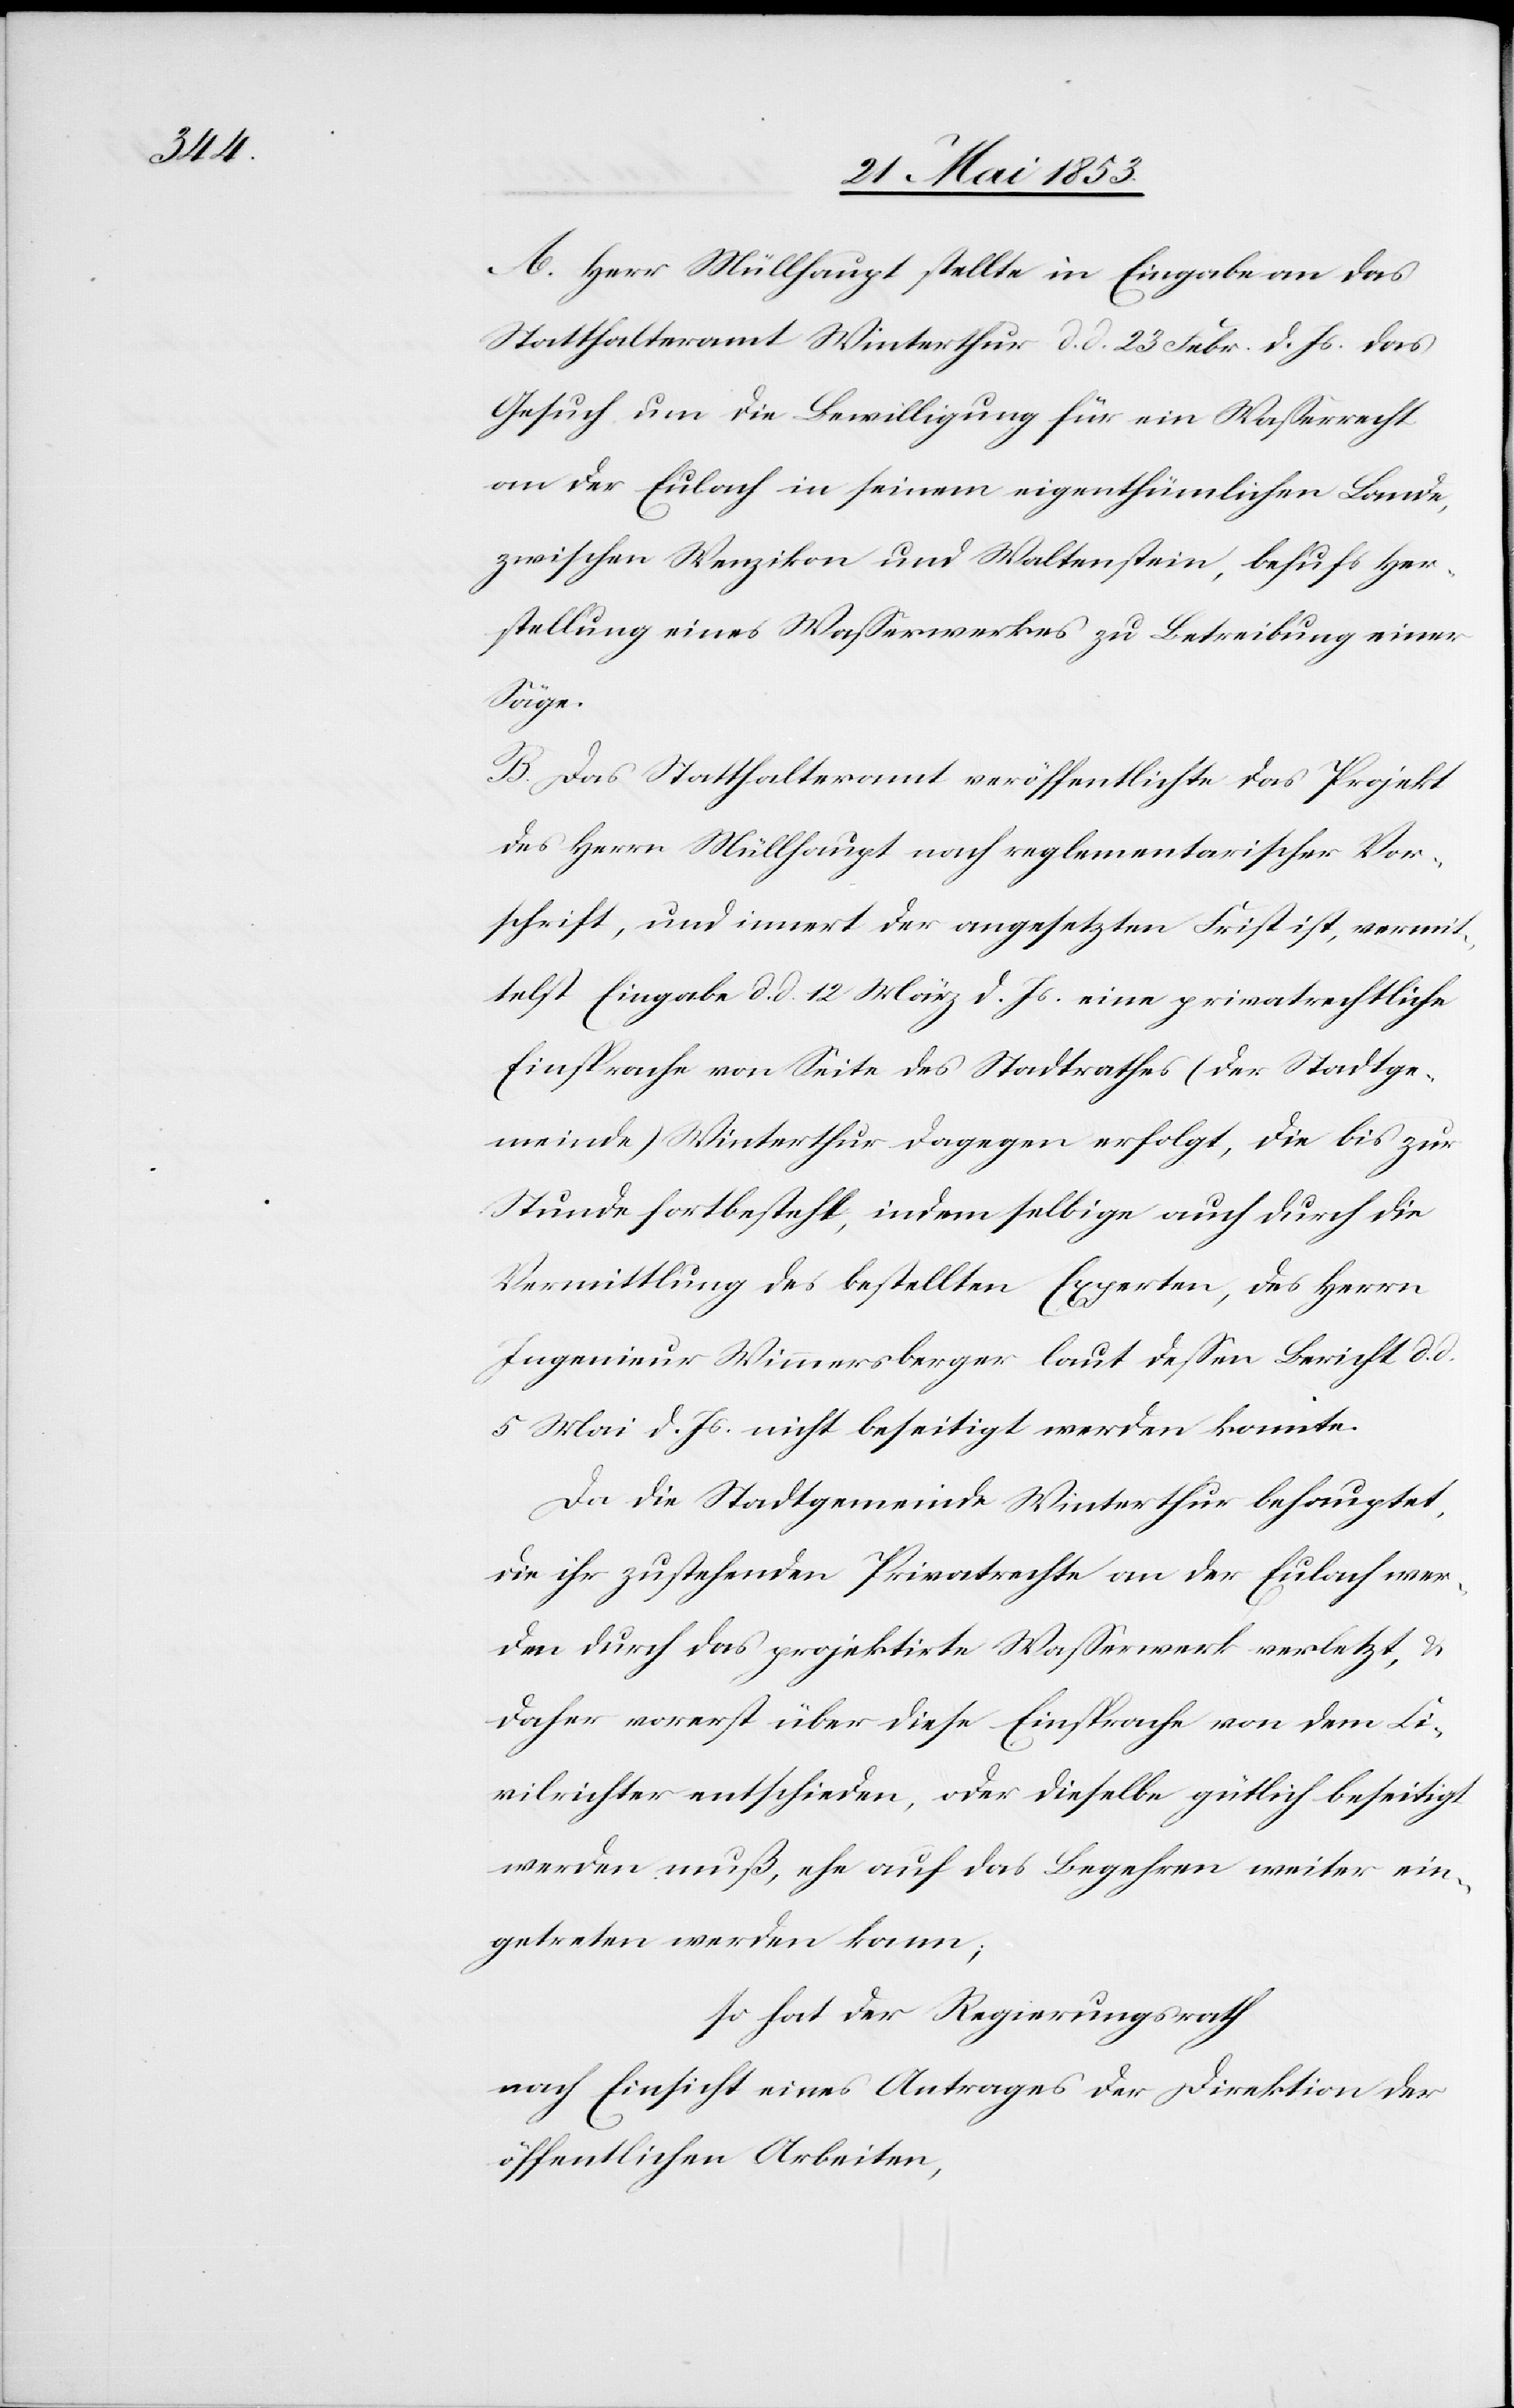
A. Herr Müllhaupt, stellte in Eingabe an das
Statthalteramt Winterthur d. d. 23. Febr. d. Js. das
Gesuch um die Bewilligung für ein Waßerrecht
an der Eulach in seinem eigenthümlichen Lande,
zwischen Wenzikon und Waltenstein, behufs Her¬
stellung eines Waßerwerkes zu Betreibung einer
Säge.
B. Das Statthalteramt veröffentlichte das Projekt
des Herrn Müllhaupt nach reglementarischer Vor¬
schrift, und innert der angesetzten Frist ist, vermit¬
telst Eingabe d. d. 12 März d. Js. eine privatrechtliche
Einsprache von Seite des Stadtrathes (der Stadtge¬
meinde) Winterthur dagegen erfolgt, die bis zur
Stunde fortbesteht, indem selbige auch durch die
Vermittlung des bestellten Experten, des Herrn
Ingenieur Wimmersberger laut deßen Bericht d. d.
5 Mai d. Js. nicht beseitigt werden konnte.
Da die Stadtgemeinde Winterthur behauptet,
die ihr zustehenden Privatrechte an der Eulach wer¬
den durch das projektirte Waßerwerk verletzt, u.
daher vorerst über diese Einsprache von dem Ci¬
vilrichter entschieden, oder dieselbe gütlich beseitigt
werden muß, ehe auf das Begehren weiter ein¬
getreten werden kann,
so hat der Regierungsrath
nach Einsicht eines Antrages der Direktion der
öffentlichen Arbeiten,